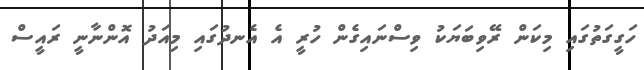
ހަގީގަތުގައި މިކަން ރޭވިބަޔަކު ވިސްނައިގެން ހުރީ އެ އެނދުގައި މިއަދު އޮންނާނީ ރައީސް